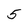
Character: 5